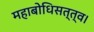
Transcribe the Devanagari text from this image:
महाबोधिसत्त्व।